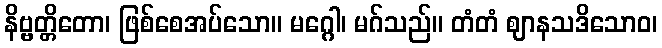
နိဗ္ဗတ္တိတော၊ ဖြစ်စေအပ်သော။ မဂ္ဂေါ၊ မဂ်သည်။ တံတံ ဈာနသဒိသောဝ၊